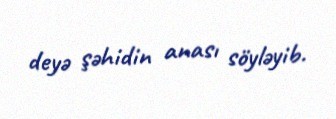
deyə şəhidin anası söyləyib.